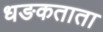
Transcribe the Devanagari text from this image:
धङकताता